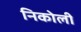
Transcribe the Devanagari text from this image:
निकोली